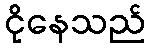
ငိုနေသည်